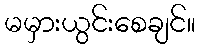
မမှားယွင်းစေချင်။